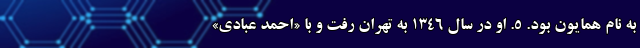
به نام همایون بود. ۵. او در سال ۱۳۴۶ به تهران رفت و با «احمد عبادی»